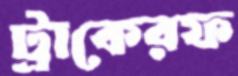
ট্রাকেরফ